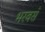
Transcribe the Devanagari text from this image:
भरवसे